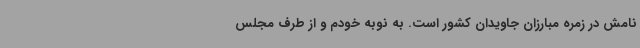
نامش در زمره مبارزان جاویدان کشور است. به نوبه خودم و از طرف مجلس